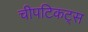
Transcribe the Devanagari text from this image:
चीपटिकट्स